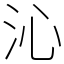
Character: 沁